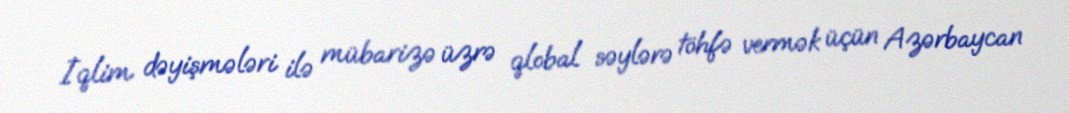
İqlim dəyişmələri ilə mübarizə üzrə qlobal səylərə töhfə vermək üçün Azərbaycan